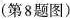
(第8题图)